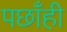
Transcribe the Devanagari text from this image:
पछाँही